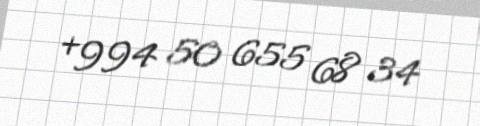
+994 50 655 68 34